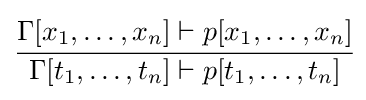
{\cfrac {\Gamma [x_{1},\ldots ,x_{n}]\vdash p[x_{1},\ldots ,x_{n}]}{\Gamma [t_{1},\ldots ,t_{n}]\vdash p[t_{1},\ldots ,t_{n}]}}